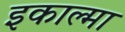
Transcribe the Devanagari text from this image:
इकाल्मा